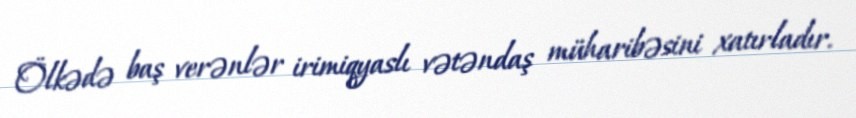
Ölkədə baş verənlər irimiqyaslı vətəndaş müharibəsini xatırladır.